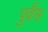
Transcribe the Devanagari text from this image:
पुर्वैस